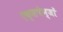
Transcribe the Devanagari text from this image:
एक्सचेन्जों